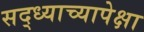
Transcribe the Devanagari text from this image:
सद्ध्याच्यापेक्षा